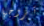
تزوجها